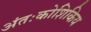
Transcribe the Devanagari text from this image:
अंतःकोशिकिय